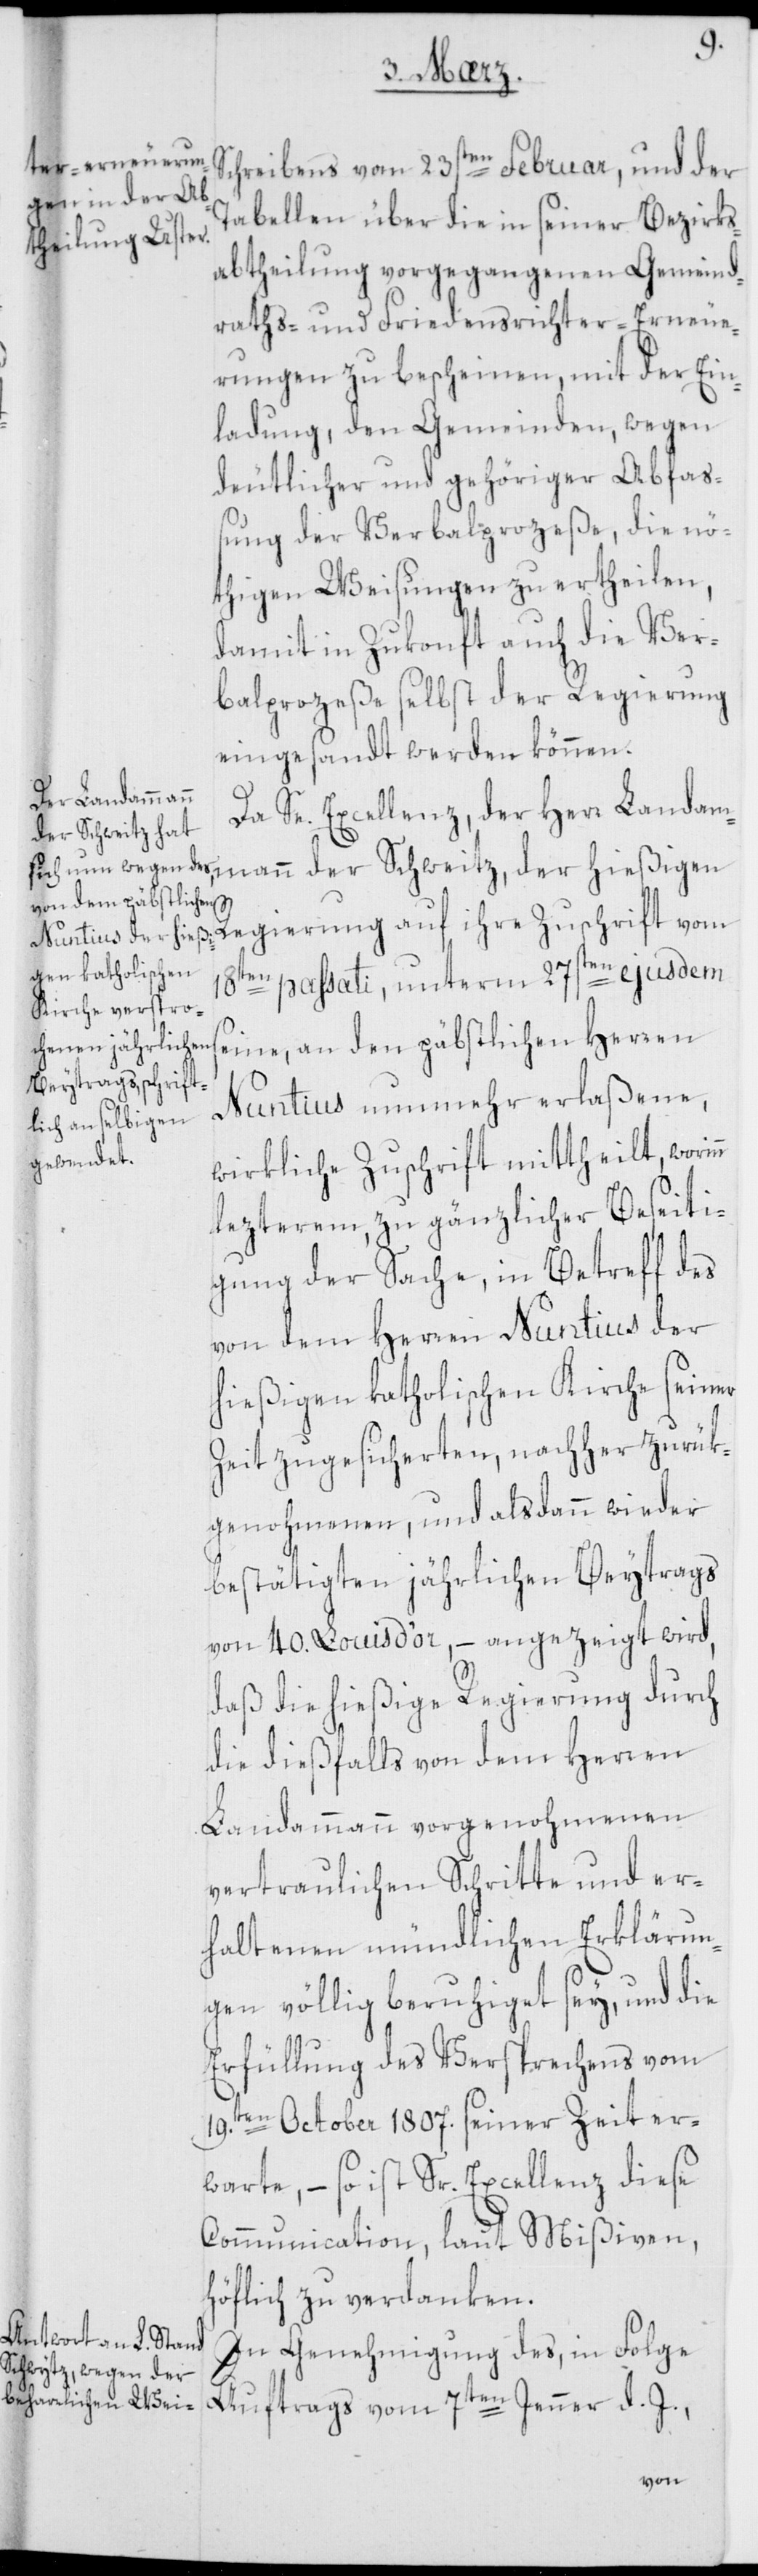
n
Schreibens vom 23sten Februar, und der
Tabellen über die in seiner Bezirks¬
abtheilung vorgegangenen Gemeind¬
raths- und Friedensrichter-Erneue¬
rungen zu bescheinen, mit der Ein¬
ladung, den Gemeinden, wegen
deutlicher und gehöriger Abfa¬
ßung der Verbalprozeße, die nö¬
thigen Weisungen zu ertheilen,
damit in Zukonft auch die Ver¬
balprozeße selbst der Regierung
eingesandt werden können.
Da Se. Excellenz, der Herr Landam¬
mann der Schweitz, der hießigen
Regierung auf ihre Zuschrift vom
18ten passati, unterm 27sten ejusdem
seine, an den päbstlichen Herren
Nuntius nunmehr erlaßene,
wirkliche Zuschrift mittheilt, worin¬
lezterem, zu gänzlicher Beseiti¬
gung der Sache, in Betreff des
von dem Herren Nuntius der
hießigen katholischen Kirche seiner
Zeit zugesicherten, nachher zurük¬
genohmenen, und alsdann wieder
bestätigten jährlichen Beytrags
von 40. Louis d’or, – angezeigt wird,
daß die hießige Regierung durch
die dießfalls von dem Herren
Landammann vorgenohmenen
vertraulichen Schritte und er¬
haltenen mündlichen Erklärun¬
gen völlig beruhiget sey, und die
Erfüllung des Versprechens vom
19ten October 1807. seiner Zeit er¬
warte, – so ist Sr. Excellenz diese
Communication, laut Mißiven,
höflich zu verdanken.
In Genehmigung des, in Folge
Auftrags vom 7ten Jenner d. J.